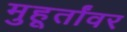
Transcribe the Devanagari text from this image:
मुहूर्तांवर